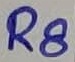
Text: R8